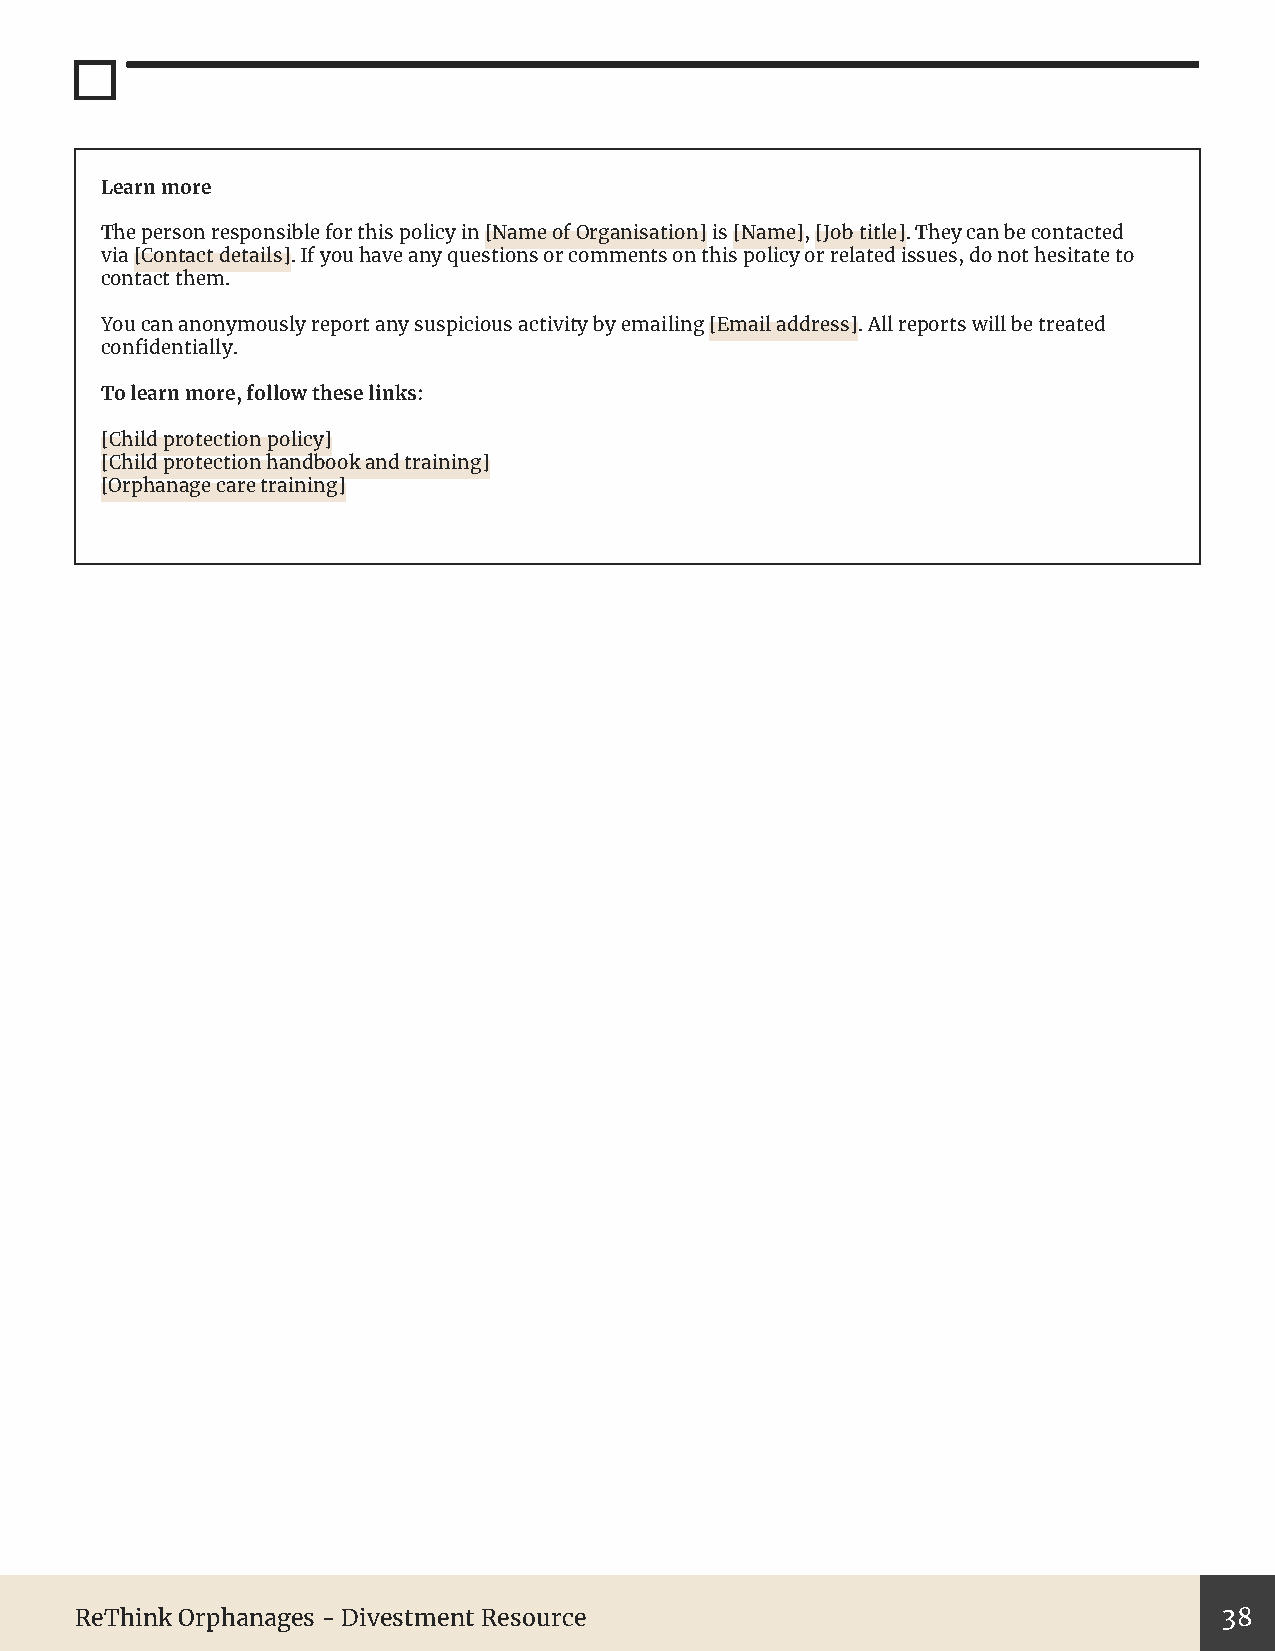
Learn more
 The person responsible for this policy in [Name of Organisation] is [Name], [Job title]. They can be contacted
 via [Contact details]. If you have any questions or comments on this policy or related issues, do not hesitate to
 contact them.
 You can anonymously report any suspicious activity by emailing [Email address]. All reports will be treated
 confidentially.
 To learn more, follow these links:
 [Child protection policy]
 [Child protection handbook and training]
 [Orphanage care training]
 ReThink Orphanages - Divestment Resource                                    38